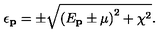
\epsilon _ { \mathbf { p } } = \pm \sqrt { \left( E _ { \mathbf { p } } \pm \mu \right) ^ { 2 } + \chi ^ { 2 } } .